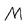
Character: M